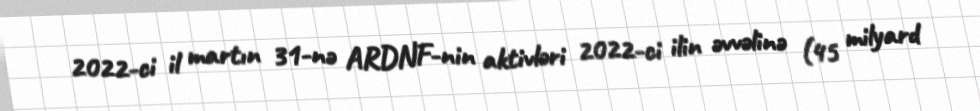
2022-ci il martın 31-nə ARDNF-nin aktivləri 2022-ci ilin əvvəlinə (45 milyard